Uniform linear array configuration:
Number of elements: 4
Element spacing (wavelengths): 0.25
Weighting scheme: exponential
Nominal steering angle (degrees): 15
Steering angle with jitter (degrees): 14.245
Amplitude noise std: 0.05
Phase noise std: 0.05

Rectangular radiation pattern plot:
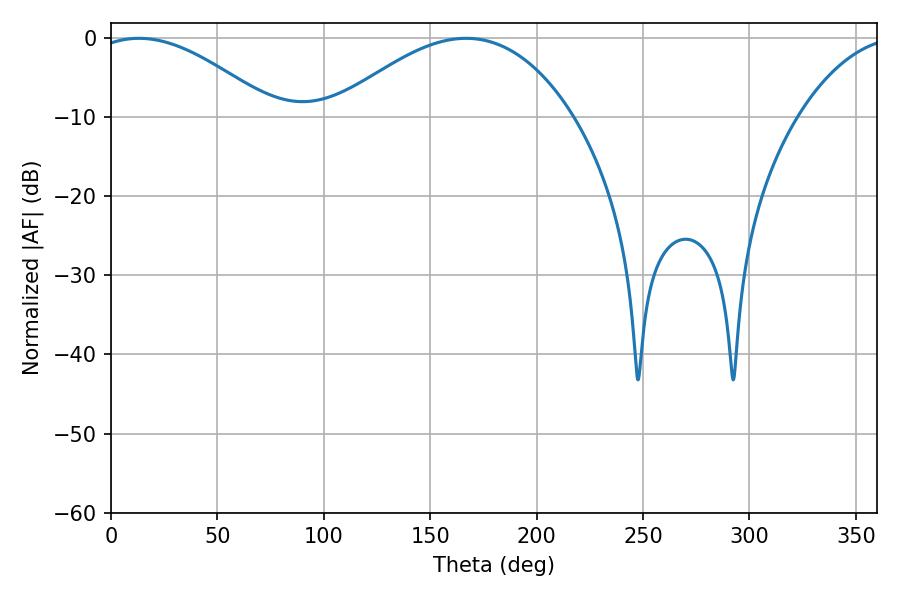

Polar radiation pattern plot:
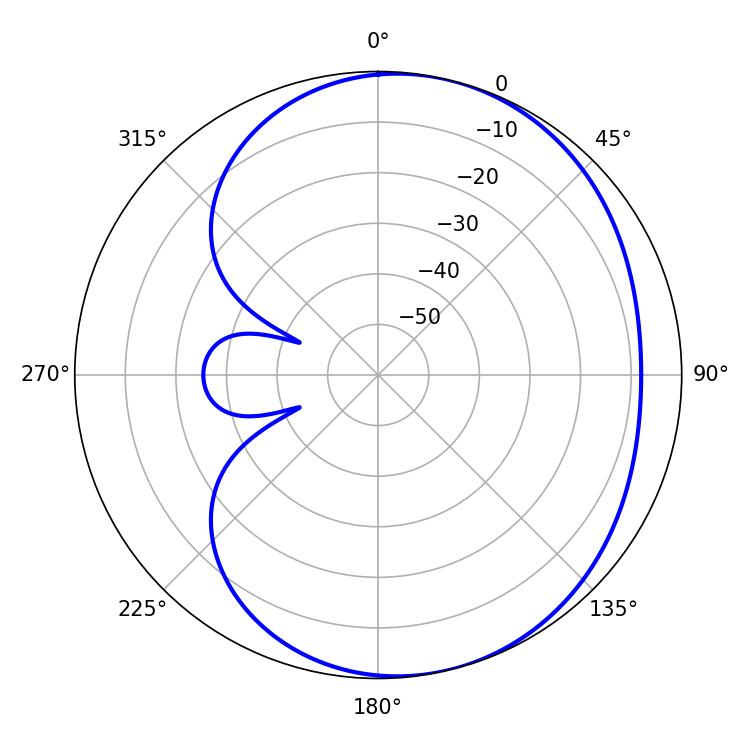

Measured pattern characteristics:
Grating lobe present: FALSE
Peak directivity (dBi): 4.658
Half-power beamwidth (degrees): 46.62
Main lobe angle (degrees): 13.14